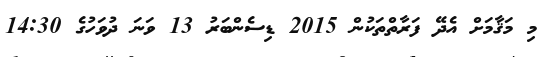
މި މަޤާމަށް އެދޭ ފަރާތްތަކުން 2015 ޑިސެންބަރު 13 ވަނަ ދުވަހުގެ 14:30